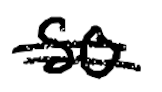
Text: so
Cross-out: double-line
Writing tool: digital_black